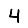
Digit: 4